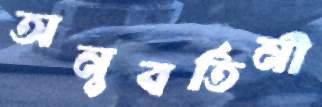
অনুবর্তিনী